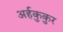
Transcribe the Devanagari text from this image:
अर्हकुकुर